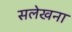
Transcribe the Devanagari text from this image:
सलेखना